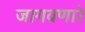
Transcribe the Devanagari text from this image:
जागवणारे